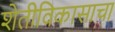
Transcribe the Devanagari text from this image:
शेतीविकासाचा